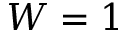
W = 1